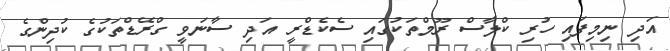
އަދި ނިމިފައި ހުރި ކްލާސް ރޫމްތަކުގައި ސެކެޑްރީ އަދި ސާނަވީ ގްރޭޑްތަކުގެ ކުދިންގެ